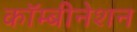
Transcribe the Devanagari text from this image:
कॉम्बीनेशन